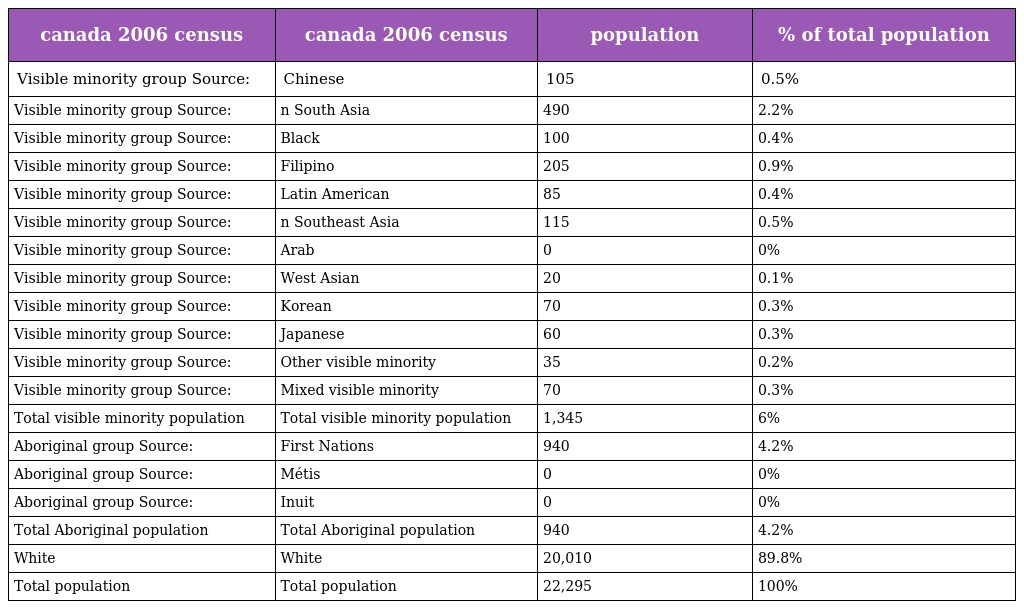
| canada 2006 census | canada 2006 census | population | % of total population |
 | --- | --- | --- | --- |
 | Visible minority group Source: | Chinese | 105 | 0.5% |
 | Visible minority group Source: | n South Asia | 490 | 2.2% |
 | Visible minority group Source: | Black | 100 | 0.4% |
 | Visible minority group Source: | Filipino | 205 | 0.9% |
 | Visible minority group Source: | Latin American | 85 | 0.4% |
 | Visible minority group Source: | n Southeast Asia | 115 | 0.5% |
 | Visible minority group Source: | Arab | 0 | 0% |
 | Visible minority group Source: | West Asian | 20 | 0.1% |
 | Visible minority group Source: | Korean | 70 | 0.3% |
 | Visible minority group Source: | Japanese | 60 | 0.3% |
 | Visible minority group Source: | Other visible minority | 35 | 0.2% |
 | Visible minority group Source: | Mixed visible minority | 70 | 0.3% |
 | Total visible minority population | Total visible minority population | 1,345 | 6% |
 | Aboriginal group Source: | First Nations | 940 | 4.2% |
 | Aboriginal group Source: | Métis | 0 | 0% |
 | Aboriginal group Source: | Inuit | 0 | 0% |
 | Total Aboriginal population | Total Aboriginal population | 940 | 4.2% |
 | White | White | 20,010 | 89.8% |
 | Total population | Total population | 22,295 | 100% |